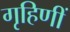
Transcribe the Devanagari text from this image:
गृहिणीं